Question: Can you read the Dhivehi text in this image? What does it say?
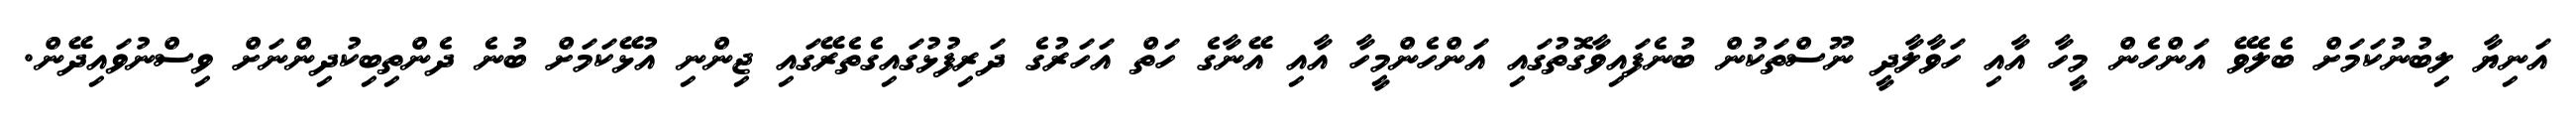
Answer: އަނިޔާ ލިބުނުކަމަށް ބެލެވޭ އަންހެން މީހާ އާއި ހަވާލާދީ ނޫސްތަކުން ބުނެފައިވާގޮތުގައި އަންހެންމީހާ އާއި އޭނާގެ ހަތް އަހަރުގެ ދަރިފުޅުގައިގެތެރޭގައި ޖިންނި އުޅޭކަމަށް ބުނެ ދެންތިބިކުދިންނަށް ވިސްނުވައިދޭން.